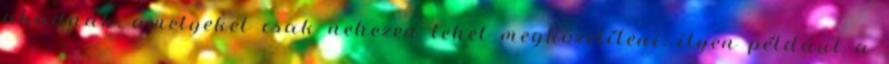
akadnak, amelyeket csak nehezen lehet megközelíteni: ilyen például a